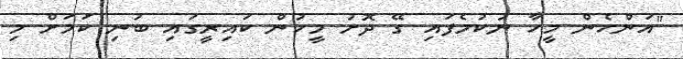
"އަންހެން މީހާ ނުކުމެފައި ގޭ ދޮށު މީހުން ކައިރީގައި ބުނި ކަމަށް މި